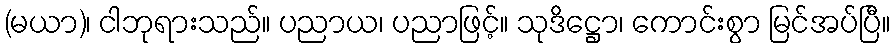
(မယာ)၊ ငါဘုရားသည်။ ပညာယ၊ ပညာဖြင့်။ သုဒိဋ္ဌော၊ ကောင်းစွာ မြင်အပ်ပြီ။